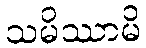
သမိဿာမိ